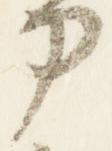
刀